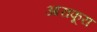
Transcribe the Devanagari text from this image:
आराफूरा